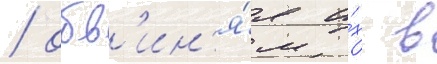
/ обв'ин'я́я и́х в